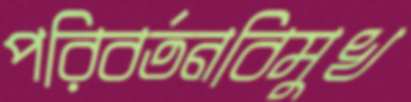
পরিবর্তনবিমুখ